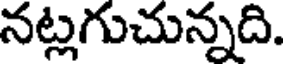
నట్లగుచున్నది.